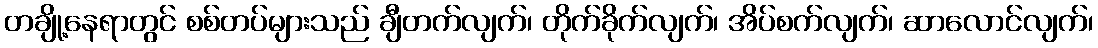
တချို့နေရာတွင် စစ်တပ်များသည် ချီတက်လျက်၊ တိုက်ခိုက်လျက်၊ အိပ်စက်လျက်၊ ဆာလောင်လျက်၊